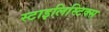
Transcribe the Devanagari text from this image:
स्टाइलिस्टिक्स